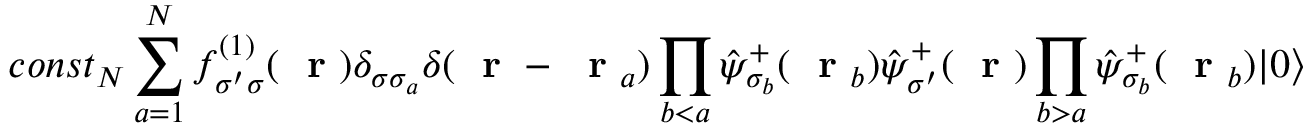
c o n s t _ { N } \sum _ { a = 1 } ^ { N } f _ { \sigma ^ { \prime } \sigma } ^ { ( 1 ) } ( \mathrm { ~ \bf ~ r ~ } ) \delta _ { \sigma \sigma _ { a } } \delta ( \mathrm { ~ \bf ~ r ~ } - \mathrm { ~ \bf ~ r ~ } _ { a } ) \prod _ { b < a } \hat { \psi } _ { \sigma _ { b } } ^ { + } ( \mathrm { ~ \bf ~ r ~ } _ { b } ) \hat { \psi } _ { \sigma ^ { \prime } } ^ { + } ( \mathrm { ~ \bf ~ r ~ } ) \prod _ { b > a } \hat { \psi } _ { \sigma _ { b } } ^ { + } ( \mathrm { ~ \bf ~ r ~ } _ { b } ) | 0 \rangle